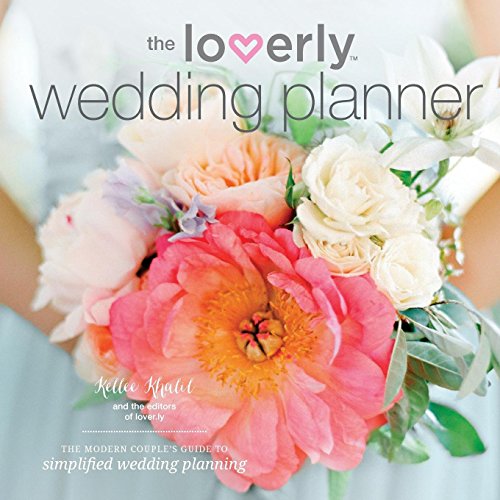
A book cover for Loverly Wedding Planner: The Modern Couple's Guide to Simplified Wedding Planning; Temescal Press; Crafts, Hobbies & Home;